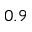
0 . 9